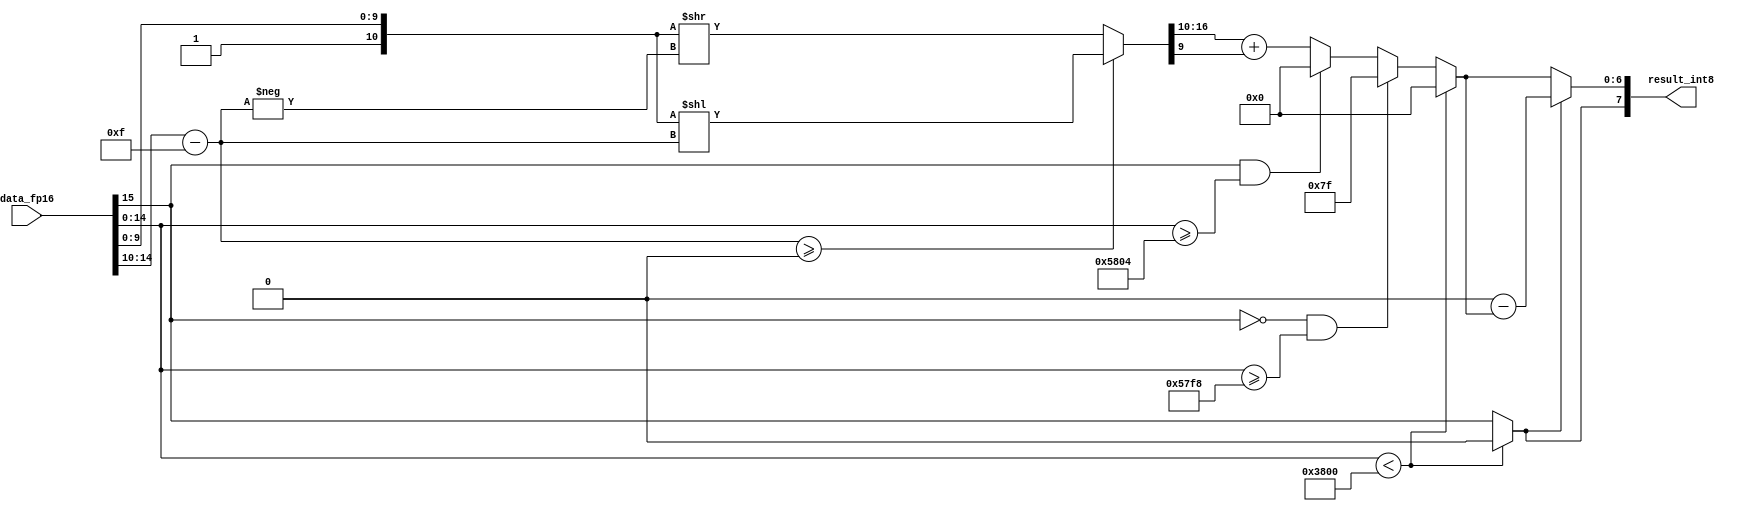
`timescale 1ps/1ps

module fp16toint8(data_fp16,result_int8);

input wire [15:0]data_fp16;

output wire signed [7:0]result_int8;

reg signal_int8;
reg [7:0]true_form_int8;
reg [6:0]complement_int8;

wire signal_fp16;
wire [4:0]exp_fp16;
wire [9:0]mantissa_fp16;

assign signal_fp16 = data_fp16[15];
assign exp_fp16 = data_fp16[14:10];
assign mantissa_fp16 = data_fp16[9:0];

wire[17:0]fraction_fp16;
wire signed[4:0]shift_number;
reg [17:0]fraction_shift_fp16;

assign fraction_fp16 = {7'b0,1'b1,mantissa_fp16};
assign shift_number = exp_fp16-15;

always @(*)
begin
    if(shift_number>=0)
    begin
        fraction_shift_fp16 = fraction_fp16<<shift_number;
    end
    else
    begin
        fraction_shift_fp16 = fraction_fp16>>(-shift_number);
    end
end

always @(*)
begin
    if({exp_fp16,mantissa_fp16}<15'b01110_0000000000)
    begin
        true_form_int8 = 8'b00000000;
        signal_int8 = 1'b0;
    end
    else if(signal_fp16 == 1'b0&&{exp_fp16,mantissa_fp16}>=15'b10101_1111111000)
    begin
        true_form_int8 = 8'b01111111;
        signal_int8 = signal_fp16;
    end
    else if(signal_fp16 == 1'b1&&{exp_fp16,mantissa_fp16}>= 15'b10110_0000000100)
    begin
        true_form_int8 = 8'b10000000;
        signal_int8 = signal_fp16;
    end
    else
    begin
        true_form_int8 = fraction_shift_fp16[17:10]+fraction_shift_fp16[9];
        signal_int8 = signal_fp16;
    end
end

always@(*)
begin
    if(signal_int8 == 1'b0) 
    begin
        complement_int8 = true_form_int8[6:0];
    end
    else
    begin
        complement_int8 = 128-true_form_int8;
    end
end

assign result_int8 = {signal_int8,complement_int8};

endmodule